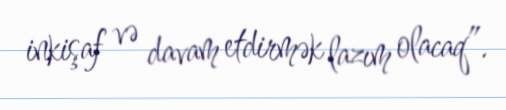
inkişaf və davam etdirmək lazım olacaq”.